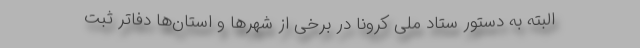
البته به دستور ستاد ملی کرونا در برخی از شهر‌ها و استان‌ها دفاتر ثبت